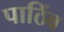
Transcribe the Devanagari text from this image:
पाठिंब